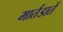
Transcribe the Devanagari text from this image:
मार्तंडातें